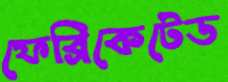
ফেব্রিকেটেড